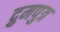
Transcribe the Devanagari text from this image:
द्रुमपुत्र